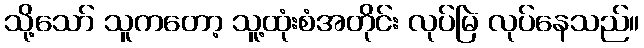
သို့သော် သူကတော့ သူ့ထုံးစံအတိုင်း လုပ်မြဲ လုပ်နေသည်။